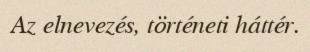
Az elnevezés, történeti háttér.